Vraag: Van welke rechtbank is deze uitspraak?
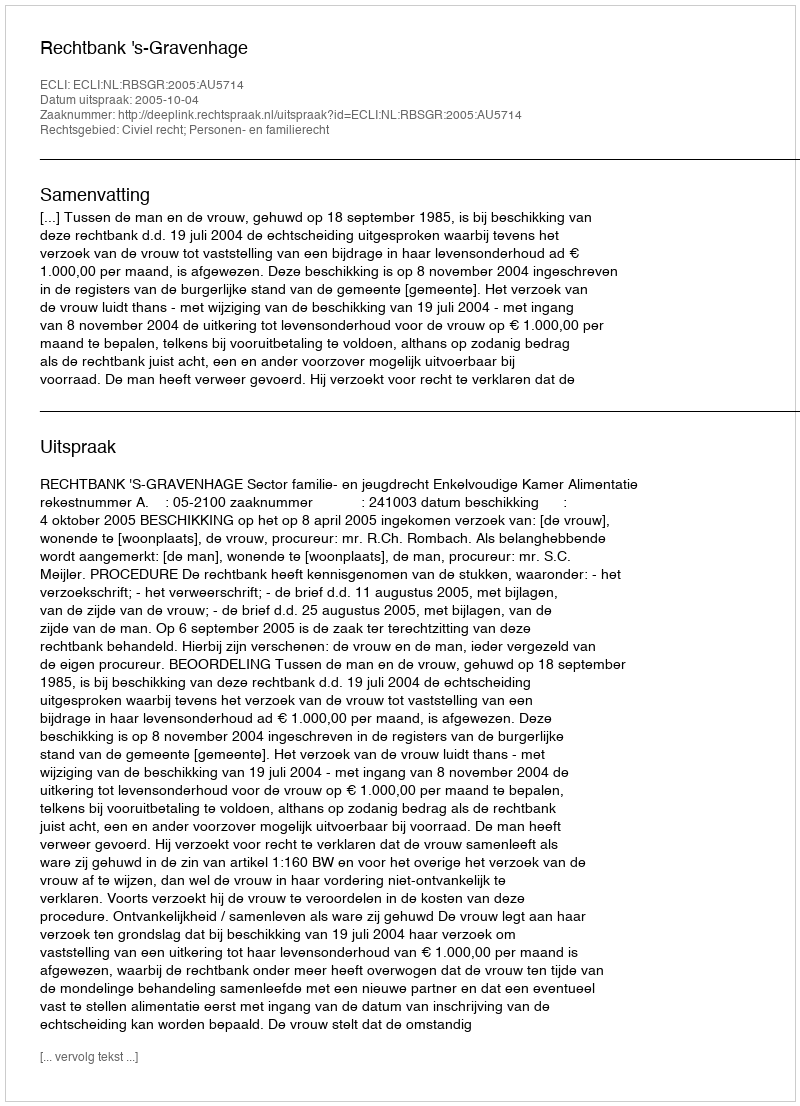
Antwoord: Rechtbank 's-Gravenhage